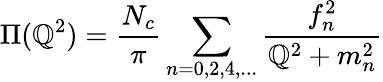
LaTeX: \Pi(\mathbb{Q}^{2})=\frac{{N_{c}}}{{\pi}}\sum_{n=0,2,4,...}\frac{{f_{n}^{2}}}{{\mathbb{Q}^{2}+m_{n}^{2}}}